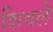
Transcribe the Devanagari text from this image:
शिवले